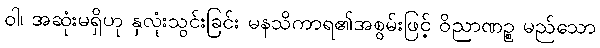
ဝါ၊ အဆုံးမရှိဟု နှလုံးသွင်းခြင်း မနသိကာရ၏အစွမ်းဖြင့် ဝိညာဏဉ္စ မည်သော